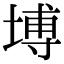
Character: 㙛